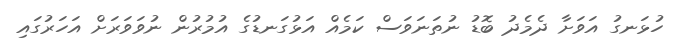
ހުޅަނގު އަވަށާ ދެމެދު ބޮޑު ނުތަނަވަސް ކަމެއް އަޅުގަނޑުގެ އުމުރުން ނުވަވަރަށް އަހަރުގައި